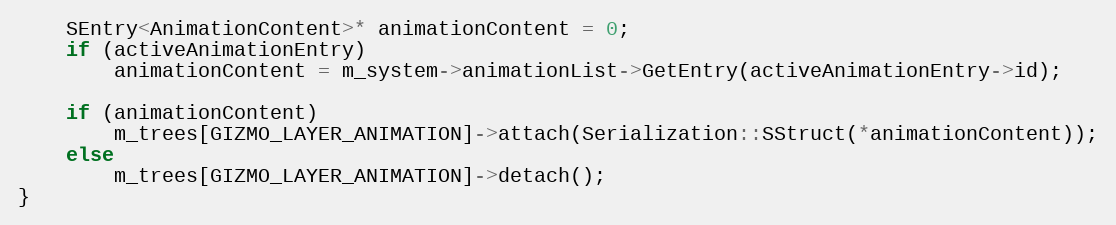
Language: C++
	SEntry<AnimationContent>* animationContent = 0;
	if (activeAnimationEntry)
		animationContent = m_system->animationList->GetEntry(activeAnimationEntry->id);

	if (animationContent)
		m_trees[GIZMO_LAYER_ANIMATION]->attach(Serialization::SStruct(*animationContent));
	else
		m_trees[GIZMO_LAYER_ANIMATION]->detach();
}